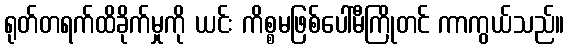
ရုတ်တရက်ထိခိုက်မှုကို ယင်း ကိစ္စမဖြစ်ပေါ်မီကြိုတင် ကာကွယ်သည်။